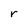
Character: r